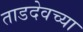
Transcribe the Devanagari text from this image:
ताडदेवच्या